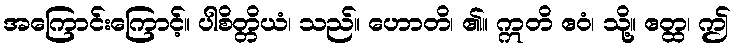
အကြောင်းကြောင့်။ ပါစိတ္တိယံ၊ သည်။ ဟောတိ၊ ၏။ ဣတိ ဧဝံ၊ သို့။ ဧတ္ထ၊ ဤ